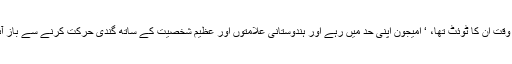
اس وقت ان کا ٹوئٹ تھا، ‘ امیجون اپنی حد میں رہے اور ہندوستانی علامتوں اور عظیم شخصیت کے ساتھ گندی حرکت کرنے سے باز آئے۔